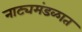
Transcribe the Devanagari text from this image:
नाट्यमंडळात